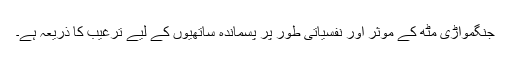
جنگمواڑی مٹھ کے مؤثر اور نفسیاتی طور پر پسماندہ ساتھیوں کے لیے ترغیب کا ذریعہ ہے۔